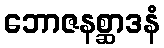
ဘောဇနစ္ဆာဒနံ